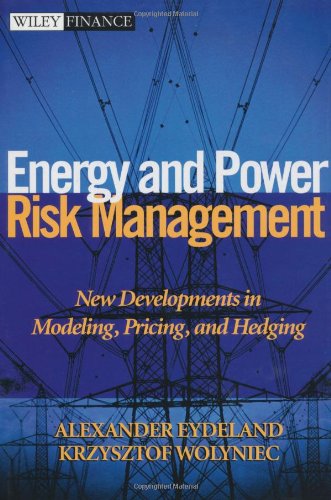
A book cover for Energy and Power Risk Management: New Developments in Modeling, Pricing, and Hedging; Alexander Eydeland; Business & Money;